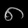
Digit: ၈